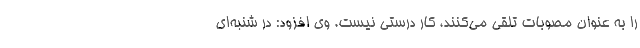
را به عنوان مصوبات تلقی می‌کنند، کار درستی نیست. وی افزود: در شنبه‌ای